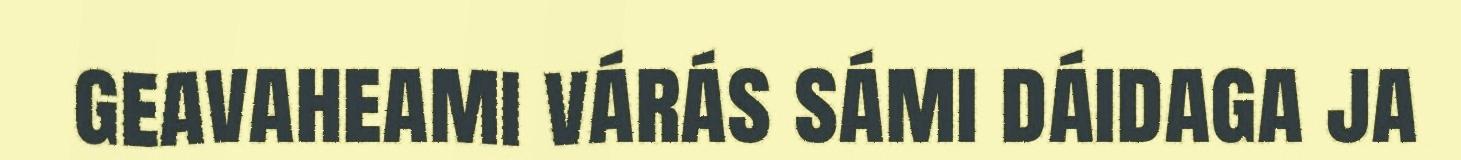
geavaheami várás sámi dáidaga ja